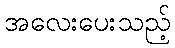
အလေးပေးသည့်